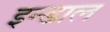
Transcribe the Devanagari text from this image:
इन्डाल